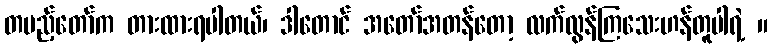
တပည့်တော်က တားထားရပါတယ်၊ ဒါတောင် အတော်အတန်တော့ လက်လွန်ကြသေးဟန်တူပါရဲ့ ။